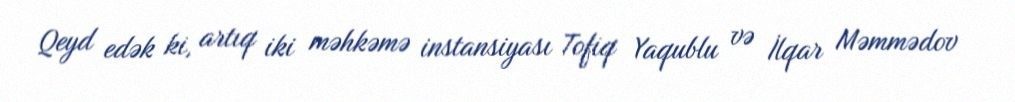
Qeyd edək ki, artıq iki məhkəmə instansiyası Tofiq Yaqublu və İlqar Məmmədov